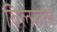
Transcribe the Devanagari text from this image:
विल्फले